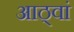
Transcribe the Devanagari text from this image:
आठ्वां